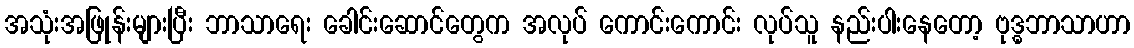
အသုံးအဖြုန်းများပြီး ဘာသာရေး ခေါင်းဆောင်တွေက အလုပ် ကောင်းကောင်း လုပ်သူ နည်းပါးနေတော့ ဗုဒ္ဓဘာသာဟာ